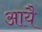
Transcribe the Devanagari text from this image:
आयै